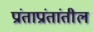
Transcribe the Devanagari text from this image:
प्रांताप्रांतांतील